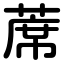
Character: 蓆